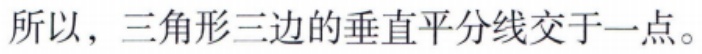
所以，三角形三边的垂直平分线交于一点。